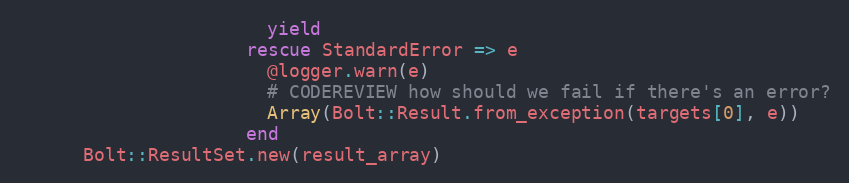
Language: Ruby
                       yield
                     rescue StandardError => e
                       @logger.warn(e)
                       # CODEREVIEW how should we fail if there's an error?
                       Array(Bolt::Result.from_exception(targets[0], e))
                     end
      Bolt::ResultSet.new(result_array)